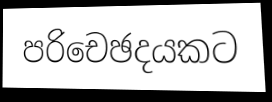
පරිචෙඡදයකට